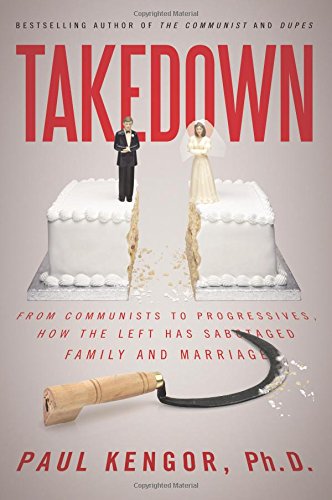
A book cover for Takedown: From Communists to Progressives, How the Left Has Sabotaged Family and Marriage; Paul Kengor Ph.D.; Politics & Social Sciences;